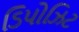
ડિપોઝિટ